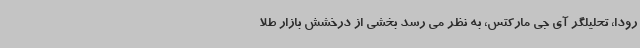
رودا، تحلیلگر آی جی مارکتس، به نظر می رسد بخشی از درخشش بازار طلا